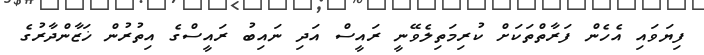
ފިޔަވައި އެހެން ފަރާތްތަކަށް ކުރިމަތިލެވޭނީ ރައީސް އަދި ނައިބު ރައީސްގެ އިތުރުން ޚަޒާންދާރުގެ